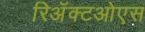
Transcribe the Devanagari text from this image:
रिअॅक्टओएस